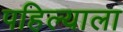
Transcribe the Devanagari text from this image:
पहिल्याला